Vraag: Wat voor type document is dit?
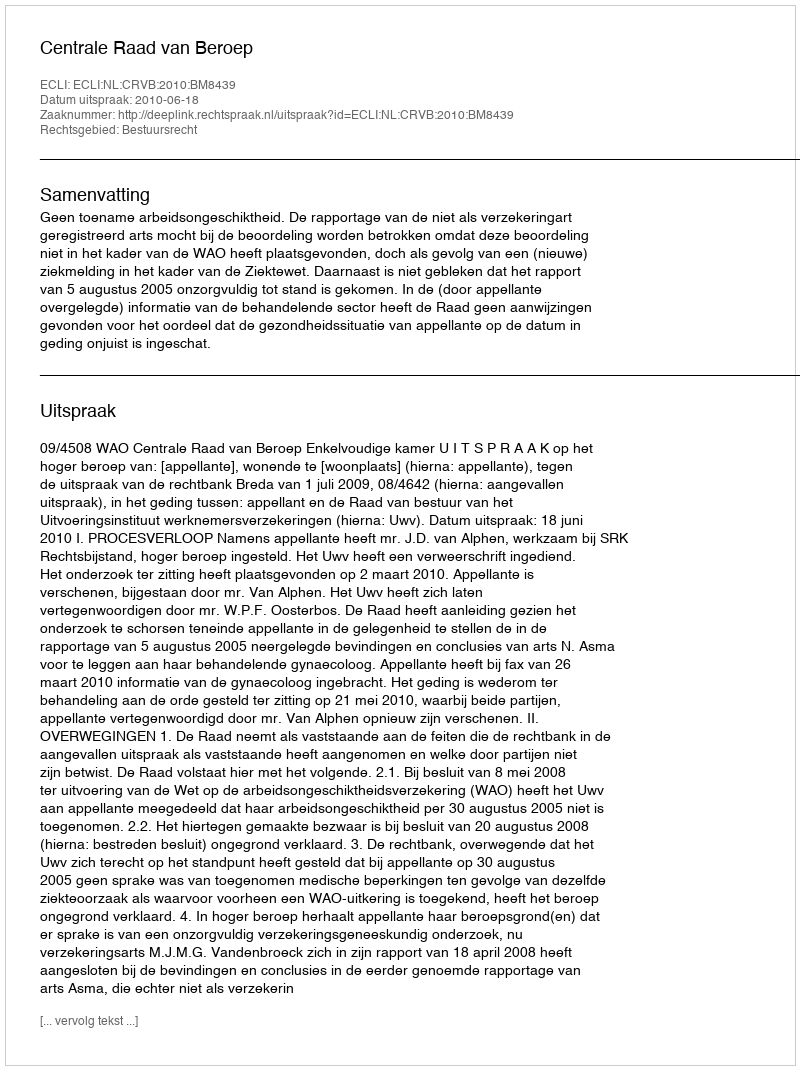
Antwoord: Uitspraak